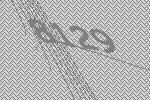
8129